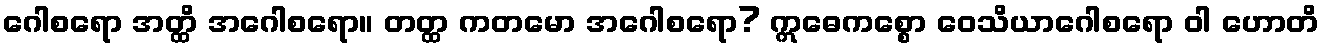
ဂေါစရော အတ္ထိ အဂေါစရော။ တတ္ထ ကတမော အဂေါစရော? ဣဓေကစ္စော ဝေသိယာဂေါစရော ဝါ ဟောတိ